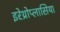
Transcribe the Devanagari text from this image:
इरेथ्रोप्लासिया